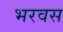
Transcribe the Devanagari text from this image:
भरवस